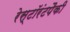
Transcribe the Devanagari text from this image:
रेस्टॉरंटपैकी